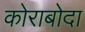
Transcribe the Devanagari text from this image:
कोराबोदा